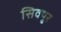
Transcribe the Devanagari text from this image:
सिवपुर